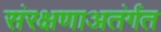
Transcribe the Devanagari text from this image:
संरक्षणाअतंर्गत